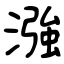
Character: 漒